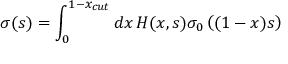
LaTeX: \sigma ( s ) = \int _ { 0 } ^ { 1 - x _ { c u t } } d x \, H ( x , s ) \sigma _ { 0 } \left( ( 1 - x ) s \right)